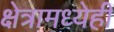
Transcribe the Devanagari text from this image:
क्षेत्रामध्येही